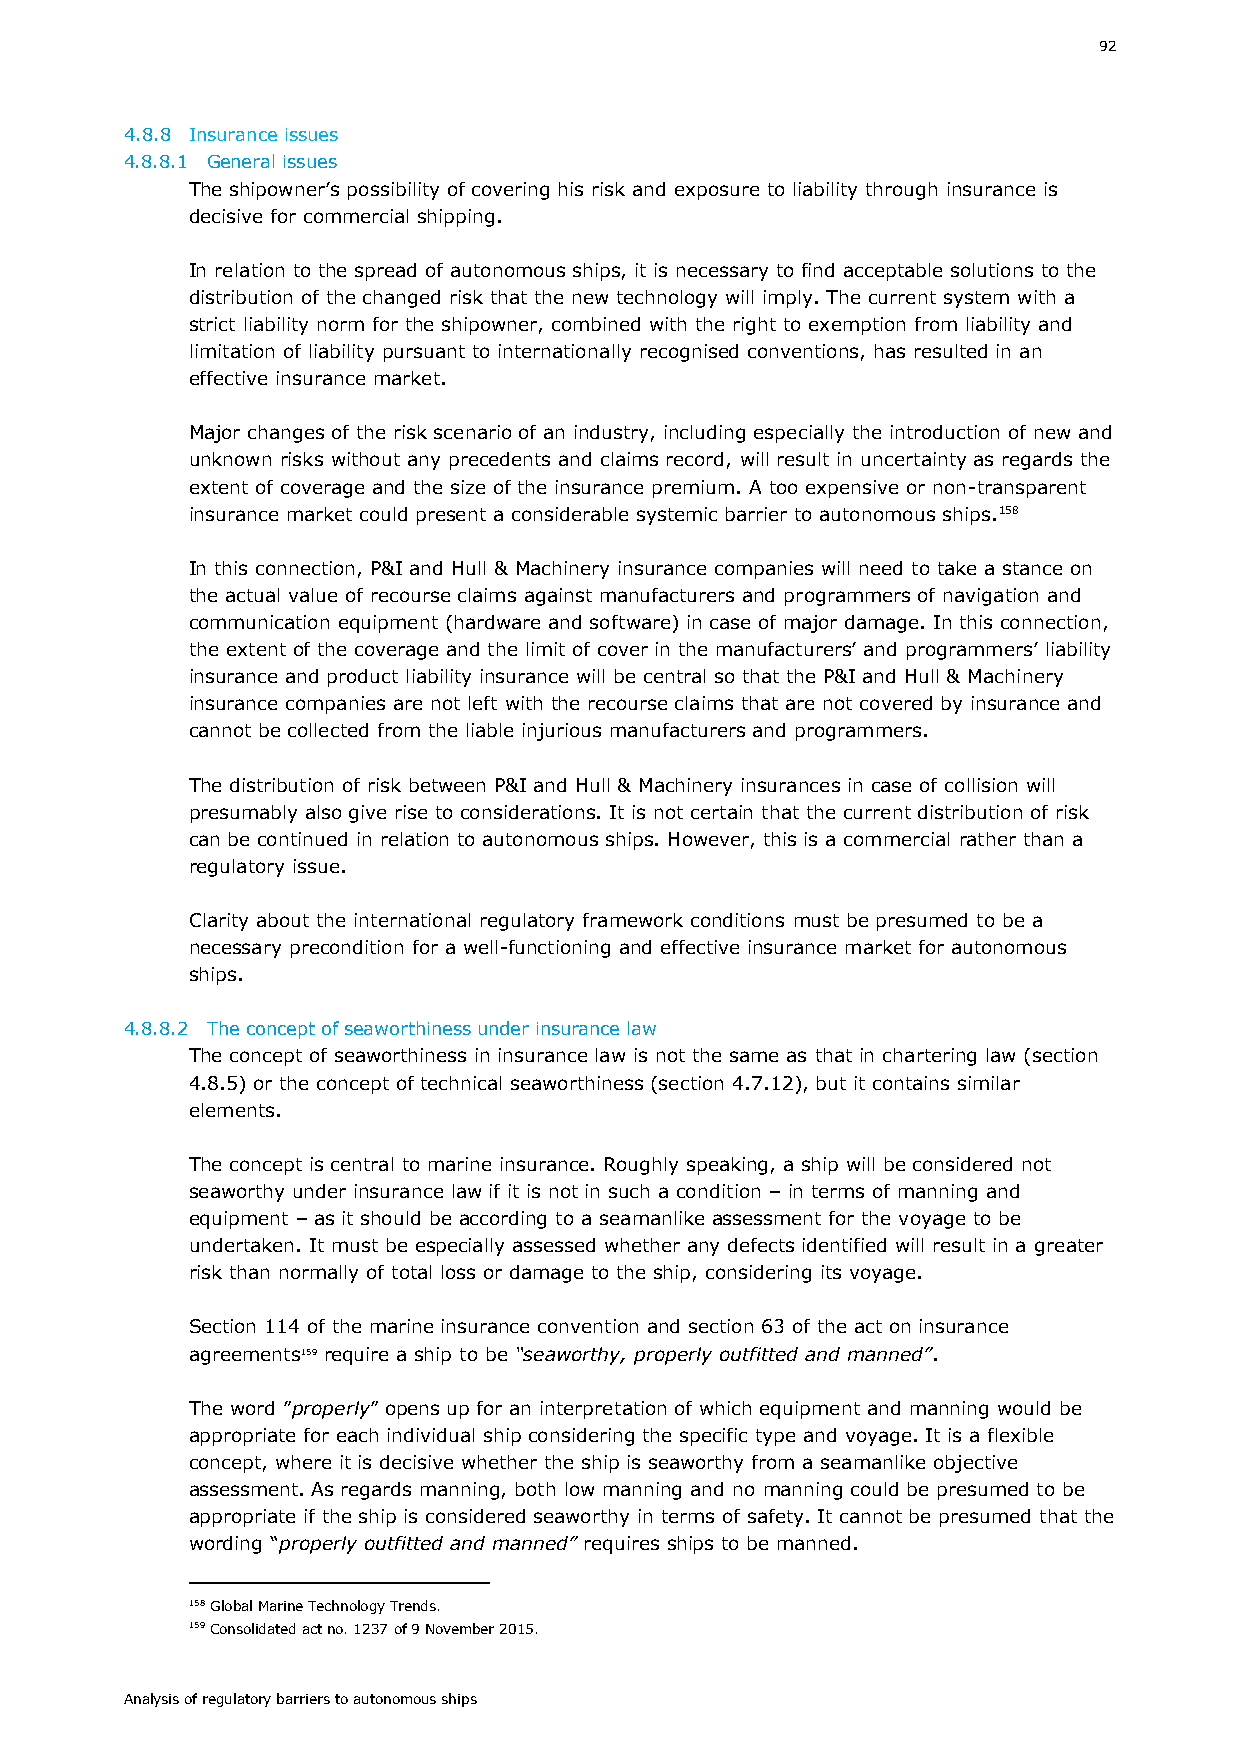
92
 4.8.8 Insurance issues
 4.8.8.1 General issues
 The shipowner’s possibility of covering his risk and exposure to liability through insurance is
 decisive for commercial shipping.
 In relation to the spread of autonomous ships, it is necessary to find acceptable solutions to the
 distribution of the changed risk that the new technology will imply. The current system with a
 strict liability norm for the shipowner, combined with the right to exemption from liability and
 limitation of liability pursuant to internationally recognised conventions, has resulted in an
 effective insurance market.
 Major changes of the risk scenario of an industry, including especially the introduction of new and
 unknown risks without any precedents and claims record, will result in uncertainty as regards the
 extent of coverage and the size of the insurance premium. A too expensive or non-transparent
 insurance market could present a considerable systemic barrier to autonomous ships.158
 In this connection, P&I and Hull & Machinery insurance companies will need to take a stance on
 the actual value of recourse claims against manufacturers and programmers of navigation and
 communication equipment (hardware and software) in case of major damage. In this connection,
 the extent of the coverage and the limit of cover in the manufacturers’ and programmers’ liability
 insurance and product liability insurance will be central so that the P&I and Hull & Machinery
 insurance companies are not left with the recourse claims that are not covered by insurance and
 cannot be collected from the liable injurious manufacturers and programmers.
 The distribution of risk between P&I and Hull & Machinery insurances in case of collision will
 presumably also give rise to considerations. It is not certain that the current distribution of risk
 can be continued in relation to autonomous ships. However, this is a commercial rather than a
 regulatory issue.
 Clarity about the international regulatory framework conditions must be presumed to be a
 necessary precondition for a well-functioning and effective insurance market for autonomous
 ships.
 4.8.8.2 The concept of seaworthiness under insurance law
 The concept of seaworthiness in insurance law is not the same as that in chartering law (section
 4.8.5) or the concept of technical seaworthiness (section 4.7.12), but it contains similar
 elements.
 The concept is central to marine insurance. Roughly speaking, a ship will be considered not
 seaworthy under insurance law if it is not in such a condition – in terms of manning and
 equipment – as it should be according to a seamanlike assessment for the voyage to be
 undertaken. It must be especially assessed whether any defects identified will result in a greater
 risk than normally of total loss or damage to the ship, considering its voyage.
 Section 114 of the marine insurance convention and section 63 of the act on insurance
 agreements159 require a ship to be “seaworthy, properly outfitted and manned”.
 The word ”properly” opens up for an interpretation of which equipment and manning would be
 appropriate for each individual ship considering the specific type and voyage. It is a flexible
 concept, where it is decisive whether the ship is seaworthy from a seamanlike objective
 assessment. As regards manning, both low manning and no manning could be presumed to be
 appropriate if the ship is considered seaworthy in terms of safety. It cannot be presumed that the
 wording “properly outfitted and manned” requires ships to be manned.
 158 Global Marine Technology Trends.
 159 Consolidated act no. 1237 of 9 November 2015.
 Analysis of regulatory barriers to autonomous ships